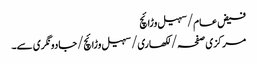
فیض عام/سہیل وڑائچ
مرکزی صفحہ/ لکھاری/ سہیل وڑائچ/جادو نگری سے۔